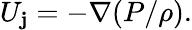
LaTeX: U_{\mathbf{j}}=-\nabla({P}/{\rho}).